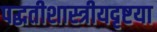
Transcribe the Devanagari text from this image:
पद्धतीशास्त्रीयदृष्टया